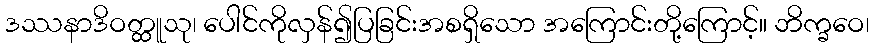
ဒဿနာဒိဝတ္ထူသု၊ ပေါင်ကိုလှန်၍ပြခြင်းအစရှိသော အကြောင်းတို့ကြောင့်။ ဘိက္ခဝေ၊